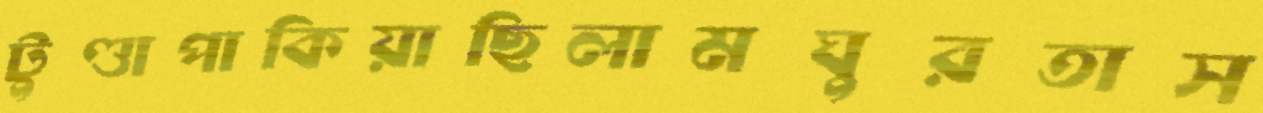
টুণ্ডাপাকিয়াছিলামঘুরতাস